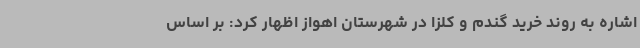
اشاره به روند خرید گندم و کلزا در شهرستان اهواز اظهار کرد: بر اساس